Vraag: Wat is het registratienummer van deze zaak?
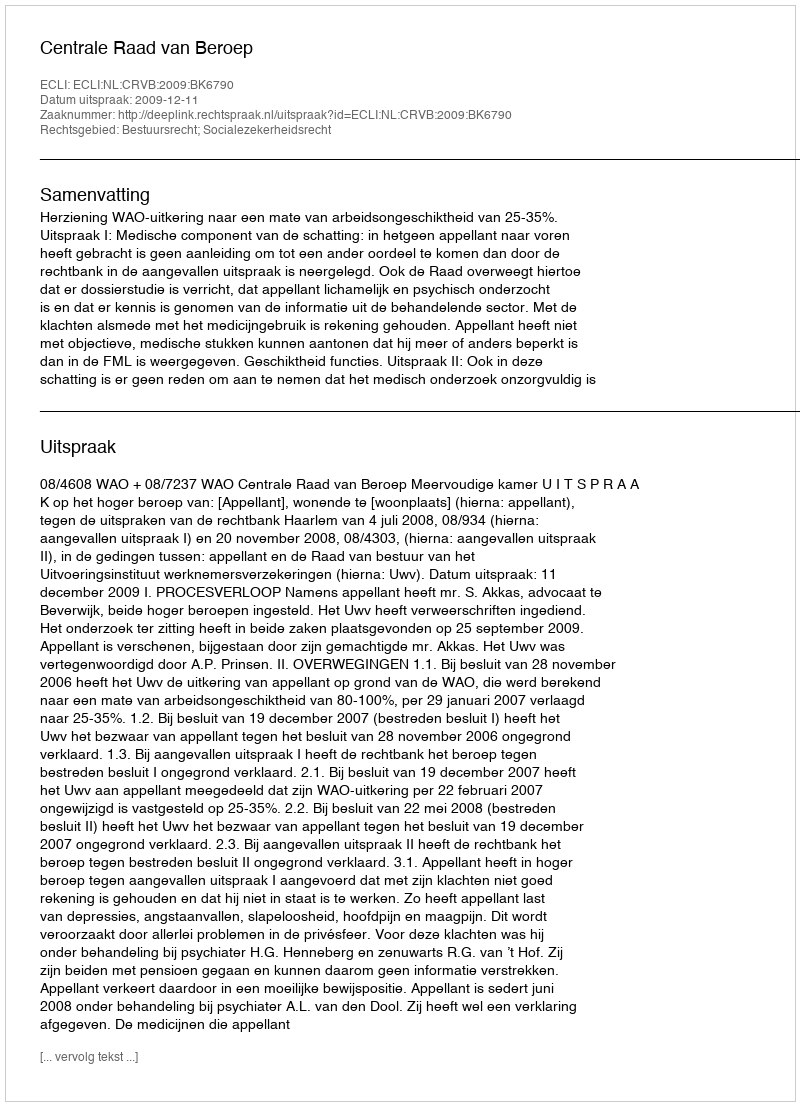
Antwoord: http://deeplink.rechtspraak.nl/uitspraak?id=ECLI:NL:CRVB:2009:BK6790